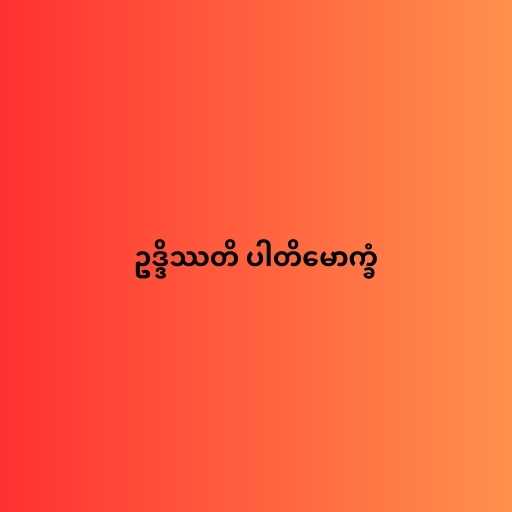
ဥဒ္ဒိဿတိ ပါတိမောက္ခံ